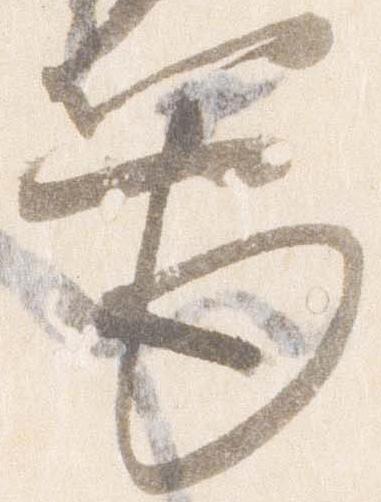
筆